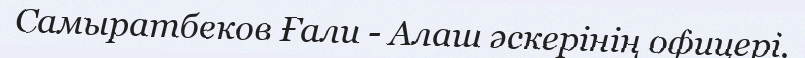
Самыратбеков Ғали - Алаш әскерінің офицері.